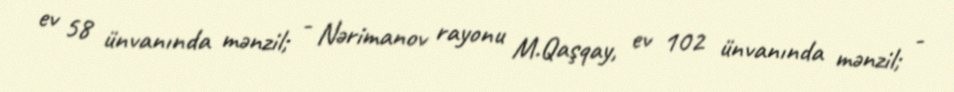
ev 58 ünvanında mənzil; - Nərimanov rayonu M.Qaşqay, ev 102 ünvanında mənzil; -